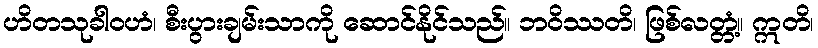
ဟိတသုခါဝဟံ၊ စီးပွားချမ်းသာကို ဆောင်နိုင်သည်။ ဘဝိဿတိ၊ ဖြစ်လတ္တံ့။ ဣတိ၊